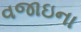
વજાઇના